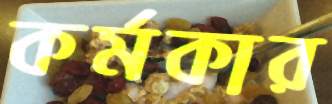
কর্মকার